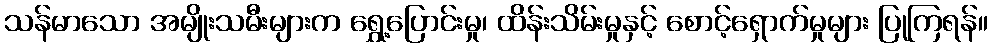
သန်မာသော အမျိုးသမီးများက ရွှေ့ပြောင်းမှု၊ ထိန်းသိမ်းမှုနှင့် စောင့်ရှောက်မှုများ ပြုကြရန်။